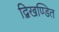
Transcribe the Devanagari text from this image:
द्विखण्डित